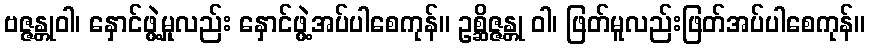
ဗဇ္ဇန္တုဝါ၊ နှောင်ဖွဲ့မှုလည်း နှောင်ဖွဲ့အပ်ပါစေကုန်။ ဥစ္ဆိဇ္ဇန္တု ဝါ၊ ဖြတ်မူလည်းဖြတ်အပ်ပါစေကုန်။